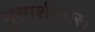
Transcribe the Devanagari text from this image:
मुसाशीमारू